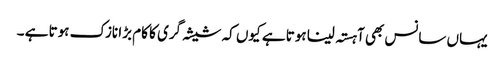
یہاں سانس بھی آہستہ لینا ہوتا ہے کیوں کہ شیشہ گری کا کام بڑا نازک ہوتا ہے ۔